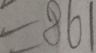
= 8 6 1